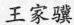
王家骥